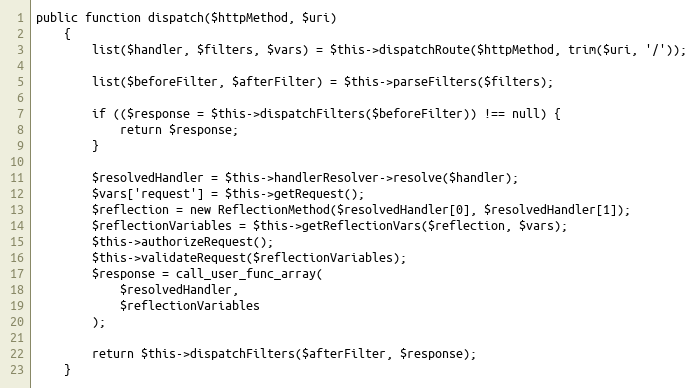
Language: PHP
public function dispatch($httpMethod, $uri)
    {
        list($handler, $filters, $vars) = $this->dispatchRoute($httpMethod, trim($uri, '/'));

        list($beforeFilter, $afterFilter) = $this->parseFilters($filters);

        if (($response = $this->dispatchFilters($beforeFilter)) !== null) {
            return $response;
        }

        $resolvedHandler = $this->handlerResolver->resolve($handler);
        $vars['request'] = $this->getRequest();
        $reflection = new ReflectionMethod($resolvedHandler[0], $resolvedHandler[1]);
        $reflectionVariables = $this->getReflectionVars($reflection, $vars);
        $this->authorizeRequest();
        $this->validateRequest($reflectionVariables);
        $response = call_user_func_array(
            $resolvedHandler,
            $reflectionVariables
        );

        return $this->dispatchFilters($afterFilter, $response);
    }